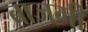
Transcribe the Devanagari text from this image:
बाजगी